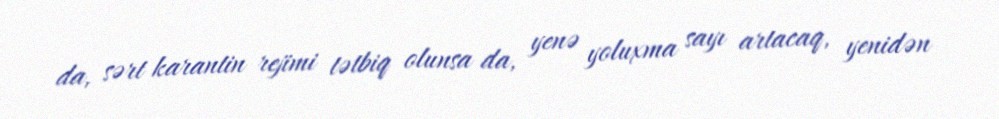
da, sərt karantin rejimi tətbiq olunsa da, yenə yoluxma sayı artacaq, yenidən